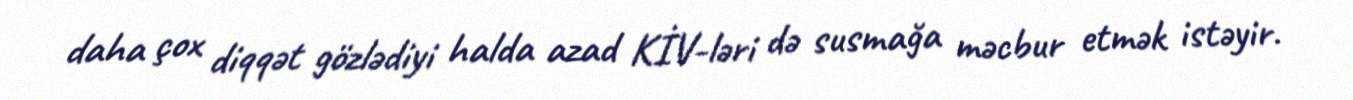
daha çox diqqət gözlədiyi halda azad KİV-ləri də susmağa məcbur etmək istəyir.